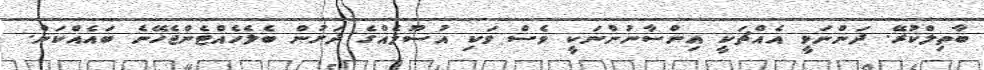
ބާތިލްކުރޭ. ދަންނަވީ އެއްޗަކީ އިންސާނުންނަކީ ވެސް ވަކި އުސޫލެއްގެ ދަށުން ބެލެހެއްޓެންޖެހޭނެ ބައެއްކަން.